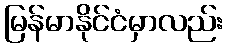
မြန်မာနိုင်ငံမှာလည်း